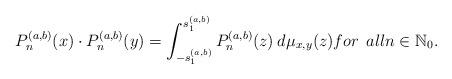
LaTeX: \begin{align*}P_n^{(a, b)}(x)\cdot P_n^{(a, b)}(y)= \int_{- s_1^{(a, b)}}^{s_1^{(a, b)}}P_n^{(a, b)}(z )\> d\mu_{x,y}(z) { for\>\> all}n\in\mathbb N_0.\end{align*}